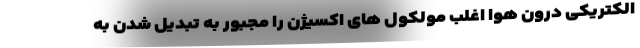
الکتریکی درون هوا اغلب مولکول های اکسیژن را مجبور به تبدیل شدن به